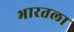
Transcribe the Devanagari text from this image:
भारतला